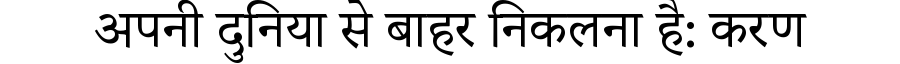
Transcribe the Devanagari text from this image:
अपनी दुनिया से बाहर निकलना है: करण